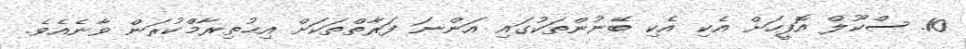
10. ސްކޫލް އޮފީހަށް އެކި އެކި ބޭނުންތަކުގައި އަންނަ ފަރާތްތަކަށް އިޙުތިރާމްކުރަން ވާނެއެވެ.